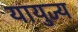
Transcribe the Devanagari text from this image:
यायुज्य